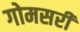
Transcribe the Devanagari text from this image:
गोमसरी